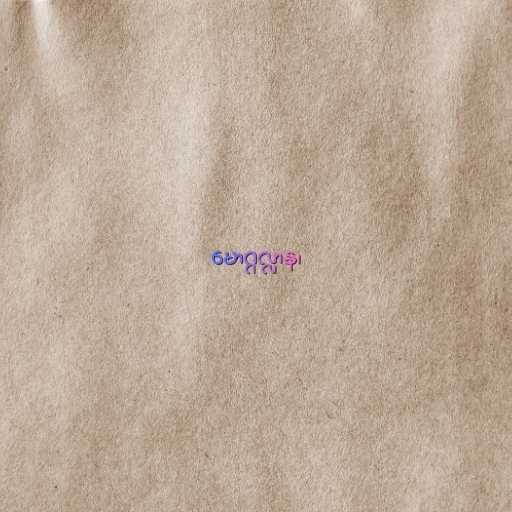
မောဂ္ဂလ္လာန၊